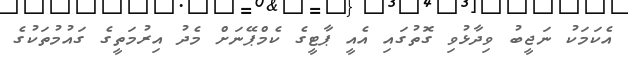
އެކަމަކު ނަޖީބު ވިދާޅުވި ގޮތުގައި އެއީ ޕާޓީގެ ކެމްޕޭނަށް މެދު އިރުމަތީގެ ގައުމުތަކުގެ